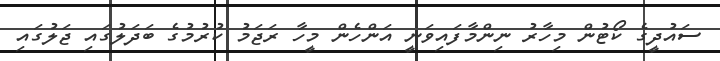
ސައުދީގެ ކޯޓުން މިހާރު ނިންމާފައިވަނީ އަންހެން މީހާ ރަޖަމު ކުރުމުގެ ބަދަލުގައި ޖަލުގައި